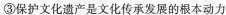
③保护文化遗产是文化传承发展的根本动力